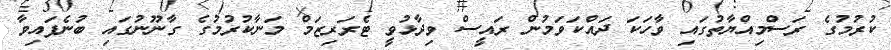
ކުރުމުގެ ރަސްމިއްޔާތުގައި ވާހަކަ ދައްކަވަމުން ރައީސް ވިދާޅުވީ ޓެރަރިޒަމް މަނާކުރުމުގެ ގާނޫނުގައި ބުނެފައިވާ